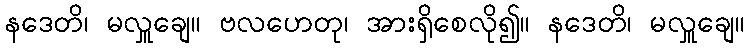
နဒေတိ၊ မလှူချေ။ ဗလဟေတု၊ အားရှိစေလို၍။ နဒေတိ၊ မလှူချေ။